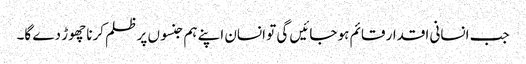
جب انسانی اقدار قائم ہو جائیں گی تو انسان اپنے ہم جنسوں پر ظلم کرنا چھوڑ دے گا۔